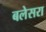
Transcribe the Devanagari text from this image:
बलेसरा